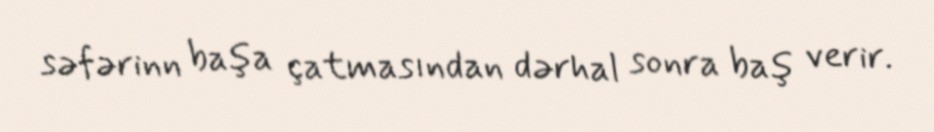
səfərinn başa çatmasından dərhal sonra baş verir.